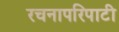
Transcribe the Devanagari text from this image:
रचनापरिपाटी